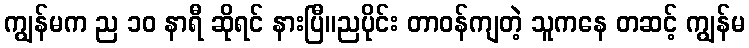
ကျွန်မက ည ၁၀ နာရီ ဆိုရင် နားပြီ။ညပိုင်း တာဝန်ကျတဲ့ သူကနေ တဆင့် ကျွန်မ